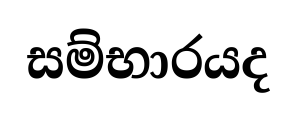
සම්භාරයද